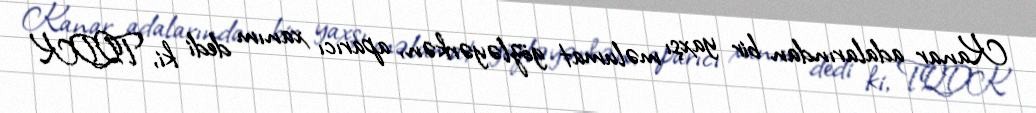
Kanar adalarından bir yaxşı məlumat gözləyərkən, aparıcı xanım dedi ki, TQDK